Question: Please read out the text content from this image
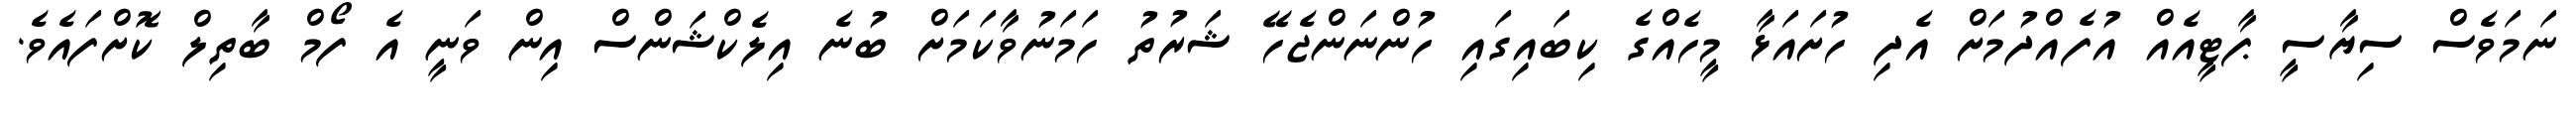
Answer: ނަމަވެސް ސިޔާސީ ޕާޓީއެއް އުފެއްދުމަށް އެދި ހުށައަޅާ މީހެއްގެ ކިބައިގައި ހުންނަންޖެހޭ ޝަރުތު ހަމަނުވާކަމަށް ބުނެ އިލެކްޝަންސް އިން ވަނީ އެ ފޯމް ބާތިލް ކޮށްފައެވެ.